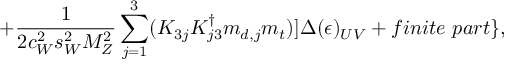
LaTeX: + { \frac { 1 } { 2 c _ { W } ^ { 2 } s _ { W } ^ { 2 } M _ { Z } ^ { 2 } } } \sum _ { j = 1 } ^ { 3 } ( K _ { 3 j } K _ { j 3 } ^ { \dag } m _ { d , j } m _ { t } ) ] \Delta ( \epsilon ) _ { U V } + f i n i t e \ p a r t \} ,